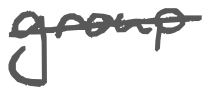
Text: group
Cross-out: single-line
Writing tool: digital_gray